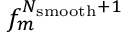
f _ { m } ^ { N _ { \mathrm { s m o o t h } } + 1 }